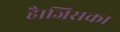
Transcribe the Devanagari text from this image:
है।जिसका